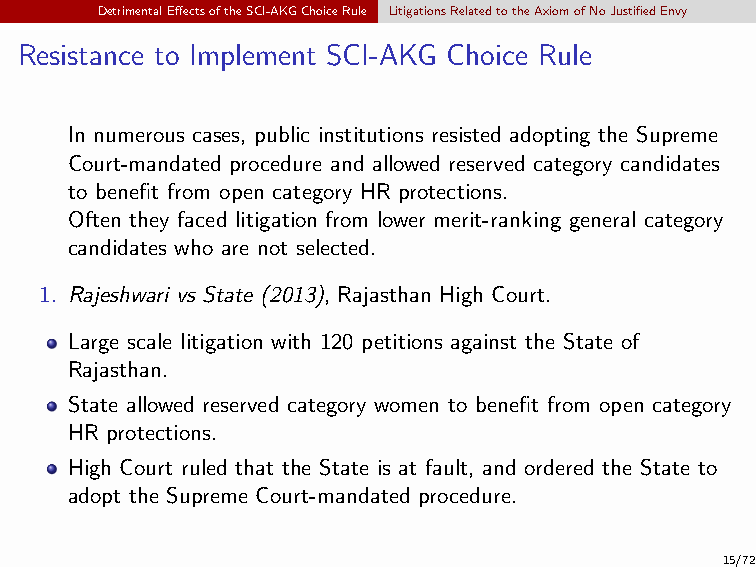
DetrimentalEffectsoftheSCI-AKGChoiceRule LitigationsRelatedtotheAxiomofNoJustifiedEnvy
 Resistance to Implement SCI-AKG Choice Rule
 In numerous cases, public institutions resisted adopting the Supreme
 Court-mandated procedure and allowed reserved category candidates
 to benefit from open category HR protections.
 Often they faced litigation from lower merit-ranking general category
 candidates who are not selected.
 1. Rajeshwari vs State (2013), Rajasthan High Court.
 Large scale litigation with 120 petitions against the State of
 Rajasthan.
 State allowed reserved category women to benefit from open category
 HR protections.
 High Court ruled that the State is at fault, and ordered the State to
 adopt the Supreme Court-mandated procedure.
 15/72